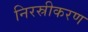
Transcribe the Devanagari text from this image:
निरस्रीकरण